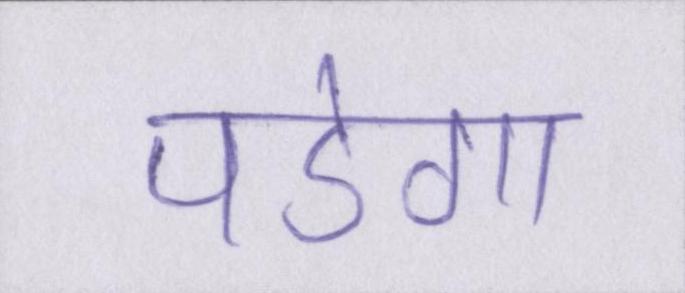
पडेगा